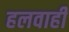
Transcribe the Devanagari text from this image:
हलवाही